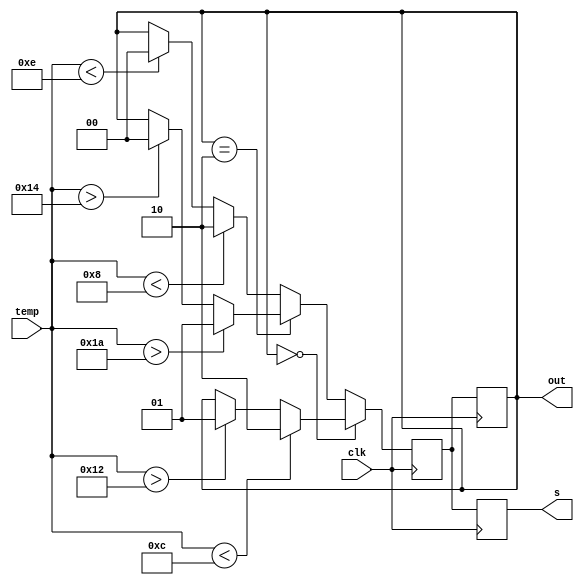



// I am getting delayed results, the output/state is one step behind the current temperature



`timescale 1ms/1ms
module fsm(input [4:0] temp, input clk, output reg [1:0]out, s);

    reg [1:0] state, next_state;

    initial begin
        state = 2'b00;
        next_state = 2'b00;
        out = 2'b00;
    end

    always @(posedge clk) begin
        if (state == 2'b00) begin
            if(temp < 12)begin
                next_state = 2'b10;
            end else if(temp > 18)begin
                next_state = 2'b01;
            end else begin
                next_state = state;
            end
        end else if(state == 2'b10) begin
            if(temp > 26) begin
                next_state = 2'b01;
            end else if(temp > 20)begin
                next_state = 2'b00;
            end else begin
                next_state = state;
            end
        end else begin
            if(temp < 8) begin
                next_state = 2'b10;
            end else if(temp < 14) begin
                next_state = 2'b00;
            end else begin
                next_state = state;
            end
        end
    end

    always @(negedge clk) begin
        out = next_state;
    end

    always @(negedge clk) begin
        state = next_state;
        s = next_state;
    end

endmodule


module tb;

    reg clk;
    reg [4:0] temp;
    wire [1:0] o, s;

    fsm f(temp, clk, o, s);

    always begin
        #5;
        clk = ~clk;
    end

    always @(posedge clk) begin
        $display("temp = %d, o = %b, s = %b", temp, o, s);
    end

    initial begin
        clk = 0;
        temp = 0;

        $dumpfile("fsm.vcd");
        $dumpvars(0, tb);
        
        #10;
        repeat(10) begin
            temp = $random;
            #10;
        end
        
        temp = 21;
        #10;
        temp = 11;
        #10;
        temp = 28;
        #10;
        temp = 15;
        #10;
        $finish;
    end
    
endmodule